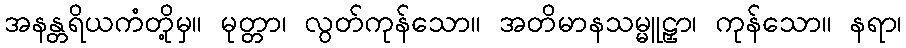
အနန္တရိယကံတို့မှ။ မုတ္တာ၊ လွတ်ကုန်သော။ အတိမာနသမ္မူဠှာ၊ ကုန်သော။ နရာ၊